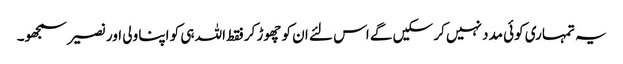
یہ تمہاری کوئی مدد نہیں کر سکیں گے اس لئے ان کو چھوڑ کر فقط اللہ ہی کو اپنا ولی اور نصیر سمجھو۔